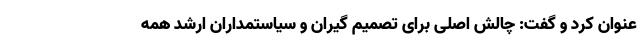
عنوان کرد و گفت: چالش اصلی برای تصمیم گیران و سیاستمداران ارشد همه